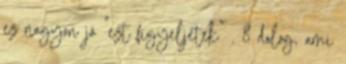
ez nagyon jó “ezt figyeljétek” . 8 dolog, ami